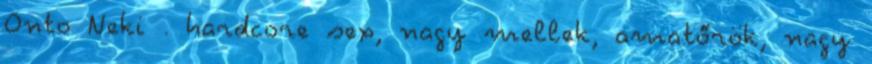
Onto Neki . hardcore sex, nagy mellek, amatőrök, nagy